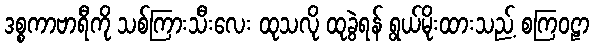
ဒစ္စကာဗာရီကို သစ်ကြားသီးလေး ထုသလို ထုခွဲရန် ရွယ်မိုးထားသည့် စကြဝဠာ